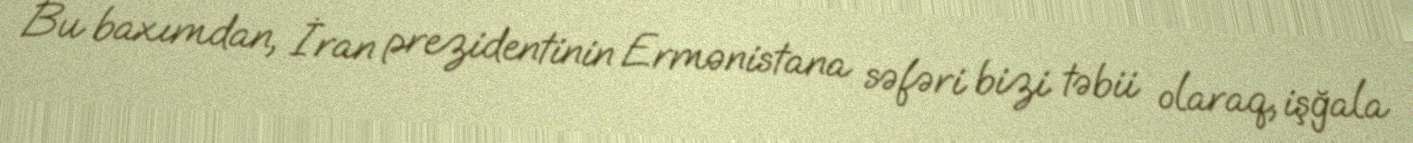
Bu baxımdan, İran prezidentinin Ermənistana səfəri bizi təbii olaraq, işğala